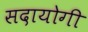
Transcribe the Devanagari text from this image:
सदायोगी